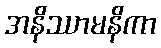
အနိဿာမနိကာ